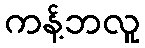
ကန့်ဘလူ